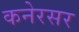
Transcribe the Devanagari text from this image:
कनेरसर